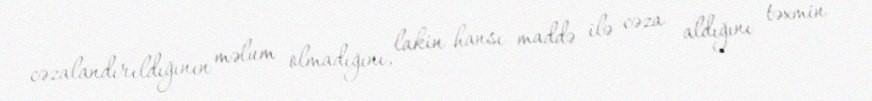
cəzalandırıldığının məlum olmadığını, lakin hansı maddə ilə cəza aldığını təxmin